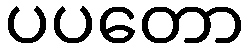
ပပတော